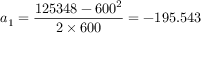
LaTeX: a _ { 1 } = { \frac { 1 2 5 3 4 8 - 6 0 0 ^ { 2 } } { 2 \times 6 0 0 } } = - 1 9 5 . 5 4 3